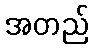
အတည်